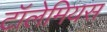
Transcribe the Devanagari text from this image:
टॉलेमियस